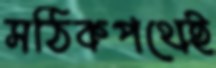
সঠিকপথেই